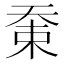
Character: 𡘸